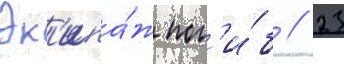
Эк'ипа́ж пог'и́б // 23